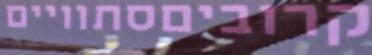
קרוביםסתוויים